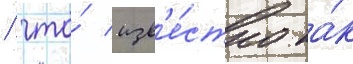
/ что́ изв'е́стно ка́к